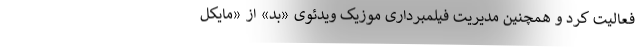
فعالیت کرد و همچنین مدیریت فیلمبرداری موزیک ویدئوی «بد» از «مایکل